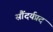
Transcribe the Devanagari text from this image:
सौंदर्यप्रद